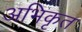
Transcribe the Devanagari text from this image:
अभिकृत